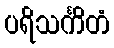
ပရိသင်္ကိတံ